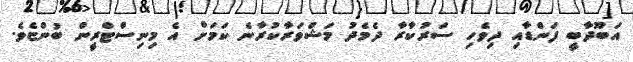
އަބޫދާބީ ފަންޑާއި ދިވެހި ސަރުކާރާ ދެމެދު މަޝްވަރާކުރާނެ ކަމަށް އެ މިނިސްޓްރީން ބުންޏެވެ.